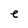
Character: e